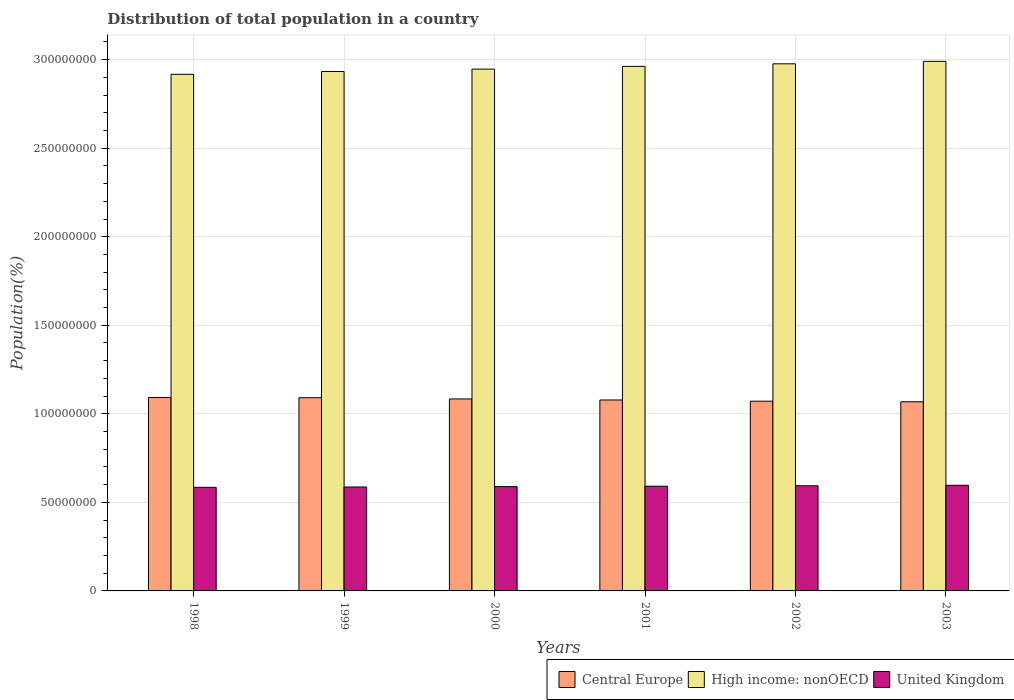
| Years | Central Europe | High income: nonOECD | United Kingdom |
 | --- | --- | --- | --- |
 | 1998 | 1.09e+08 | 2.92e+08 | 5.85e+07 |
 | 1999 | 1.09e+08 | 2.93e+08 | 5.87e+07 |
 | 2000 | 1.08e+08 | 2.95e+08 | 5.89e+07 |
 | 2001 | 1.08e+08 | 2.96e+08 | 5.91e+07 |
 | 2002 | 1.07e+08 | 2.98e+08 | 5.94e+07 |
 | 2003 | 1.07e+08 | 2.99e+08 | 5.96e+07 |